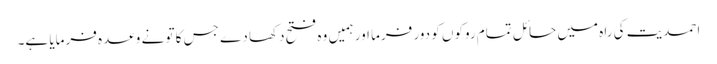
احمدیت کی راہ میں حائل تمام روکوں کو دور فرما اور ہمیں وہ فتح دکھا دے جس کا تو نے وعدہ فرمایا ہے۔